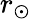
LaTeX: r_{\odot}